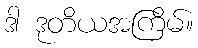
ဒါ ဒုတိယအကြိမ်။